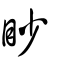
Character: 眇